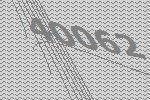
40062